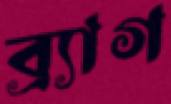
ব্র্যাগ